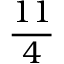
\frac { 1 1 } { 4 }